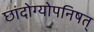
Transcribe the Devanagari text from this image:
छांदोग्योपनिषत्